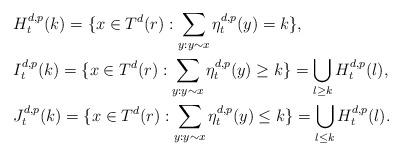
LaTeX: \begin{align*}&H_t^{d,p}(k)=\{x\in T^d(r):\sum_{y:y\sim x}\eta_t^{d,p}(y)=k\},\\&I_t^{d,p}(k)=\{x\in T^d(r):\sum_{y:y\sim x}\eta_t^{d,p}(y)\geq k\}=\bigcup_{l\geq k}H_t^{d,p}(l),\\&J_t^{d,p}(k)=\{x\in T^d(r):\sum_{y:y\sim x}\eta_t^{d,p}(y)\leq k\}=\bigcup_{l\leq k}H_t^{d,p}(l).\end{align*}